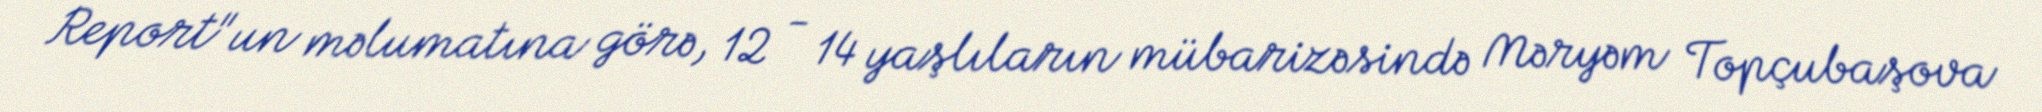
Report"un məlumatına görə, 12 - 14 yaşlıların mübarizəsində Məryəm Topçubaşova